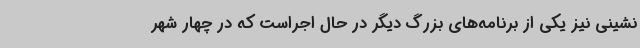
نشینی نیز یکی از برنامه‌های بزرگ دیگر در حال اجراست که در چهار شهر